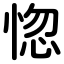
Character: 惚